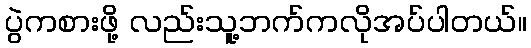
ပွဲကစားဖို့ လည်းသူ့ဘက်ကလိုအပ်ပါတယ်။